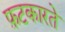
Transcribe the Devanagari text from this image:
फ़टकारते